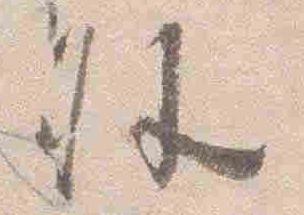
外